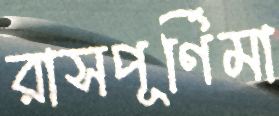
রাসপূর্ণিমা